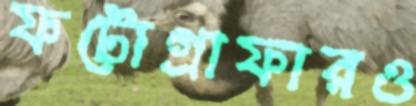
ফটোগ্রাফারও